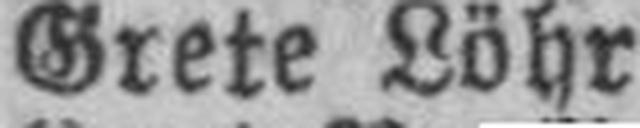
Grete Löhr